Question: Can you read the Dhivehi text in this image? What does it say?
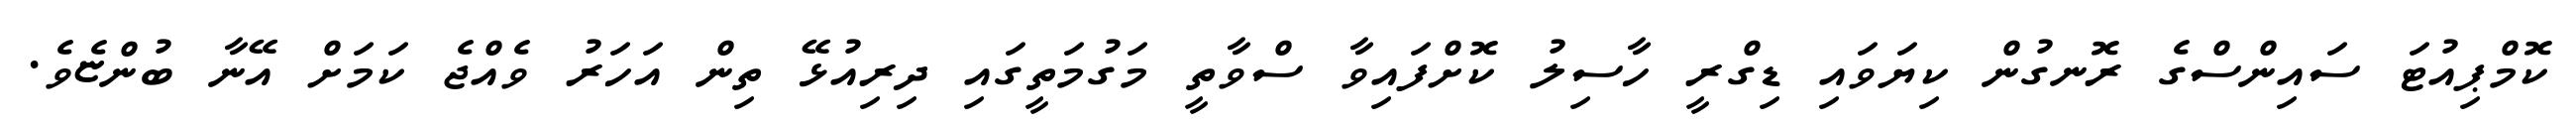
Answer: ކޮމްޕިއުޓަ ސައިންސްގެ ރޮނގުން ކިޔަވައި ޑިގްރީ ހާސިލު ކޮށްފައިވާ ސްވާތީ މަގުމަތީގައި ދިރިއުޅޭ ތިން އަހަރު ވެއްޖެ ކަމަށް އޭނާ ބުންޏެވެ.